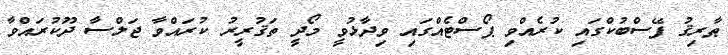
ޠާރިޤު ފޭސްބުކްގައި ކުރެއްވި ޕޯސްޓެއްގައި ވިދާޅުވީ މޯދީ ތަޤުރީރު ކުރައްވާ ޖަލްސާ ދޫކުރައްވާ